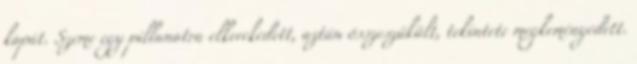
kapát. Szeme egy pillanatra elkerekedett, aztán összeszűkült, tekintete megkeményedett.